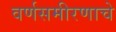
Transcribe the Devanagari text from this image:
वर्णसमीरणाचे